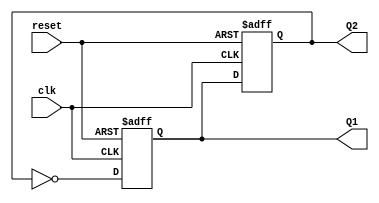
module dual_stage_johnson_counter (
    input wire clk,        // Clock input
    input wire reset,      // Asynchronous reset input
    output reg Q1,         // Output of the first flip-flop
    output reg Q2          // Output of the second flip-flop
);

// Always block triggered on the rising edge of the clock or the reset signal
always @(posedge clk or posedge reset) begin
    if (reset) begin
        // Asynchronous reset: set both outputs to 0
        Q1 <= 1'b0;
        Q2 <= 1'b0;
    end else begin
        // Shift the state: Q1 gets the inverted value of Q2, and Q2 gets the value of Q1
        Q1 <= ~Q2;
        Q2 <= Q1;
    end
end

endmodule